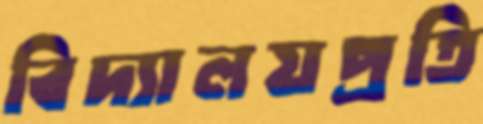
বিদ্যালয়প্রতি